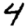
Digit: 4